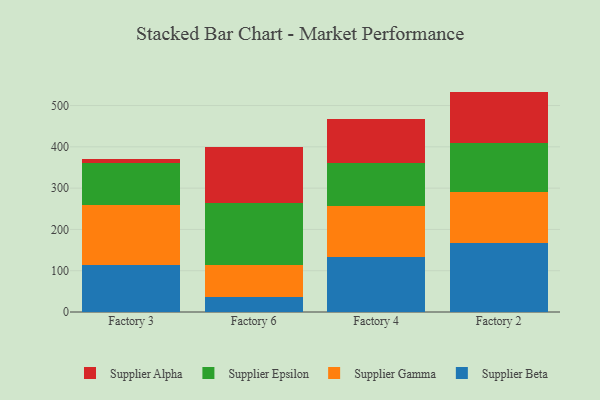
{"axis": {"x": "Factory", "y": "Website Visitors"}, "legend": ["Supplier Alpha", "Supplier Beta", "Supplier Epsilon", "Supplier Gamma"], "data": [{"x": "Factory 3", "y": 113.4, "type": "Supplier Beta"}, {"x": "Factory 3", "y": 145.1, "type": "Supplier Gamma"}, {"x": "Factory 3", "y": 102.0, "type": "Supplier Epsilon"}, {"x": "Factory 3", "y": 11.2, "type": "Supplier Alpha"}, {"x": "Factory 6", "y": 35.7, "type": "Supplier Beta"}, {"x": "Factory 6", "y": 78.8, "type": "Supplier Gamma"}, {"x": "Factory 6", "y": 148.6, "type": "Supplier Epsilon"}, {"x": "Factory 6", "y": 137.2, "type": "Supplier Alpha"}, {"x": "Factory 4", "y": 133.2, "type": "Supplier Beta"}, {"x": "Factory 4", "y": 123.9, "type": "Supplier Gamma"}, {"x": "Factory 4", "y": 104.5, "type": "Supplier Epsilon"}, {"x": "Factory 4", "y": 104.8, "type": "Supplier Alpha"}, {"x": "Factory 2", "y": 166.3, "type": "Supplier Beta"}, {"x": "Factory 2", "y": 124.4, "type": "Supplier Gamma"}, {"x": "Factory 2", "y": 117.5, "type": "Supplier Epsilon"}, {"x": "Factory 2", "y": 125.5, "type": "Supplier Alpha"}]}